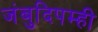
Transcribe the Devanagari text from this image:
जंबुदिपम्ही